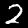
Label: 2